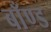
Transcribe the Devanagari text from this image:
बाँण्ड